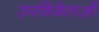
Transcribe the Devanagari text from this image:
उपविजेताओं